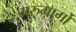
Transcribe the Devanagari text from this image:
मरुमार्गों